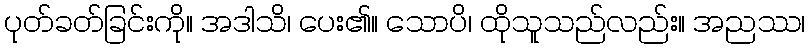
ပုတ်ခတ်ခြင်းကို။ အဒါသိ၊ ပေး၏။ သောပိ၊ ထိုသူသည်လည်း။ အညဿ၊